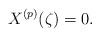
LaTeX: \begin{align*} X^{(p)}(\zeta)=0. \end{align*}